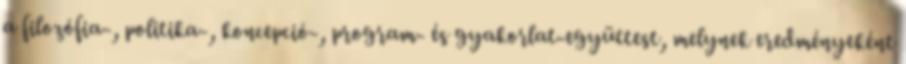
a filozófia-, politika-, koncepció-, program- és gyakorlat-együttest, melynek eredményeként